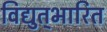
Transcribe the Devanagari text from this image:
विद्युत्‌भारित